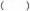
（ ）